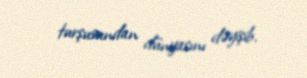
turşusundan dünyasını dəyişib.